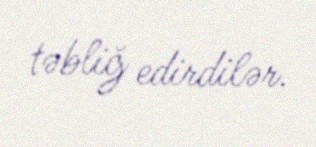
təbliğ edirdilər.